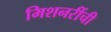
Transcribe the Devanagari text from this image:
मिशनरींची